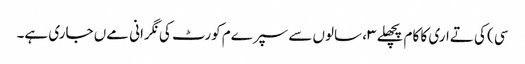
سی) کی تےاری کا کام پچھلے ۳، سالوں سے سپرےم کورٹ کی نگرانی مےں جاری ہے۔